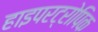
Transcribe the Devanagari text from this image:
हाइपरट्रोपिक